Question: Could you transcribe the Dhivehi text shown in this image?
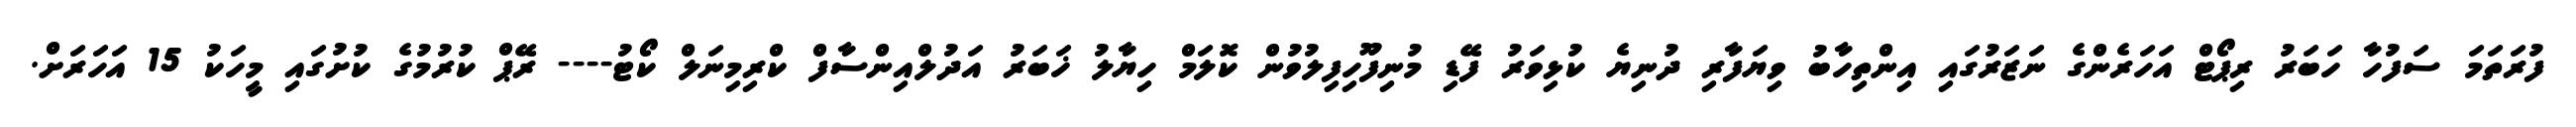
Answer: ފުރަތަމަ ސަފުހާ ހަބަރު ރިޕޯޓް އަހަރެންގެ ނަޒަރުގައި އިންތިހާބު ވިޔަފާރި ދުނިޔެ ކުޅިވަރު ފޭޑި މުނިފޫހިފިލުވުން ކޮލަމް ހިޔާލު ޚަބަރު އަދުލްއިންސާފް ކްރިމިނަލް ކޯޓު---- ރޭޕް ކުރުމުގެ ކުށުގައި މީހަކު 15 އަހަރަށް.